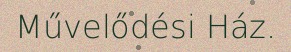
Művelődési Ház.